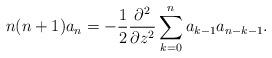
LaTeX: \begin{align*}n(n+1)a_{n}=-\frac{1}{2}\frac{\partial^2}{\partial z^2} \sum_{k=0}^{n}a_{k-1}a_{n-k-1}.\end{align*}